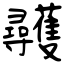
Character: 彠